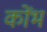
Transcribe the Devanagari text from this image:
कोंभ